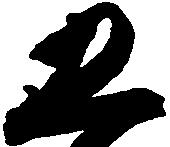
五